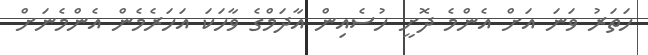
ހަތަރު ވަނަ އަށް އެންމެ ދޮށީ ހުސެއިން އާދަމްގެ ވާހަކަ އަހަރެމެން އެންމެނަށް